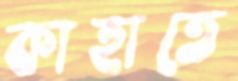
কাহাতে